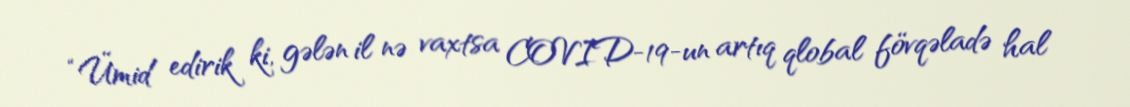
“Ümid edirik ki, gələn il nə vaxtsa COVID-19-un artıq qlobal fövqəladə hal